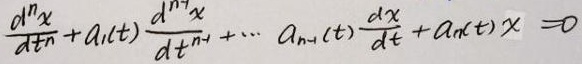
$\frac{d^{n}x}{dt^{n}} + a_1(t)\frac{d^{n - 1}x}{dt^{n - 1}} + \cdots + a_{n - 1}(t)\frac{dx}{dt} + a_n(t)x = 0$